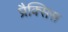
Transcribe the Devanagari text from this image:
प्रैक्सिस